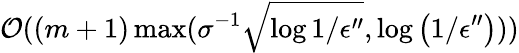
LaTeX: \mathcal{O}((m+1)\operatorname*{max}(\sigma^{-1}\sqrt{\log{1/\epsilon^{\prime\prime}}},\log\left(1/\epsilon^{\prime\prime}\right)))